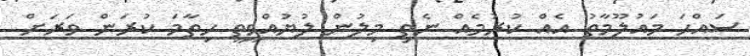
ސައްހަ މައުލޫމާތު އެއް ކުރުމެއް ނެތި މިލުުން ލުޔުއްވީތީ ހިތާމަ ކުރަން ވަރަށް